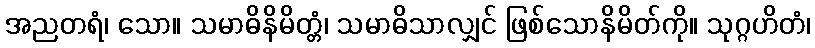
အညတရံ၊ သော။ သမာဓိနိမိတ္တံ၊ သမာဓိသာလျှင် ဖြစ်သောနိမိတ်ကို။ သုဂ္ဂဟိတံ၊